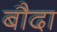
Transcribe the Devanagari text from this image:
बौदा